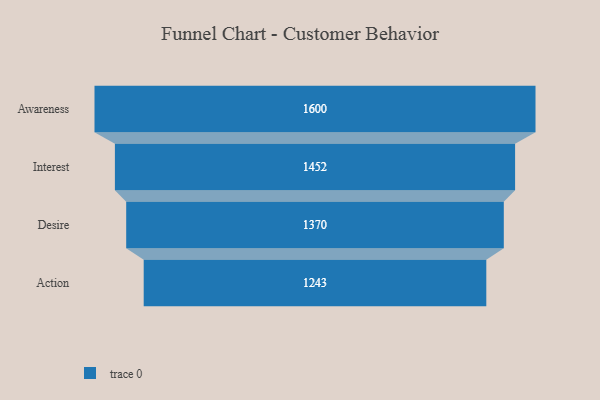
{"axis": {"x": "Stage", "y": "Value"}, "legend": [""], "data": [{"x": "Awareness", "y": 1600.0, "type": ""}, {"x": "Interest", "y": 1452.0, "type": ""}, {"x": "Desire", "y": 1370.0, "type": ""}, {"x": "Action", "y": 1243.0, "type": ""}]}